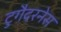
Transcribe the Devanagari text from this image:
टुगैदरनेस